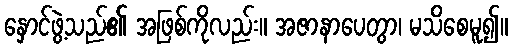
နှောင်ဖွဲ့သည်၏ အဖြစ်ကိုလည်း။ အဇာနာပေတွာ၊ မသိစေမူ၍။